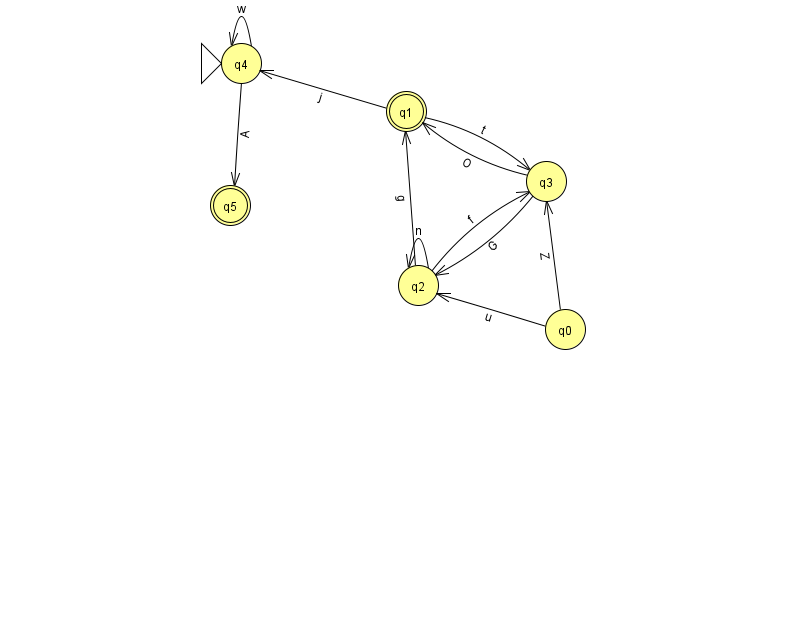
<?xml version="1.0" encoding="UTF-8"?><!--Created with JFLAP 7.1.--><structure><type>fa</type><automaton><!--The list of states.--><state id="0" name="q0"><x>565.0</x><y>316.0</y></state><state id="1" name="q1"><x>406.0</x><y>98.0</y><final/></state><state id="2" name="q2"><x>418.0</x><y>272.0</y></state><state id="3" name="q3"><x>546.0</x><y>168.0</y></state><state id="4" name="q4"><x>241.0</x><y>50.0</y><initial/></state><state id="5" name="q5"><x>230.0</x><y>192.0</y><final/></state><!--The list of transitions.--><transition><from>1</from><to>3</to><read>t</read></transition><transition><from>2</from><to>1</to><read>g</read></transition><transition><from>4</from><to>5</to><read>A</read></transition><transition><from>3</from><to>2</to><read>G</read></transition><transition><from>2</from><to>3</to><read>f</read></transition><transition><from>0</from><to>3</to><read>Z</read></transition><transition><from>4</from><to>4</to><read>w</read></transition><transition><from>1</from><to>4</to><read>j</read></transition><transition><from>3</from><to>1</to><read>O</read></transition><transition><from>0</from><to>2</to><read>u</read></transition><transition><from>2</from><to>2</to><read>n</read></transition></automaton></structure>